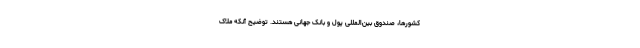
کشورها، صندوق بین‌المللی پول و بانک جهانی هستند. توضیح آنکه ملاک